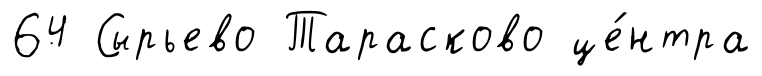
64 Сырьево Тарасково це́нтра